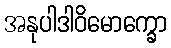
အနုပါဒါဝိမောက္ခော